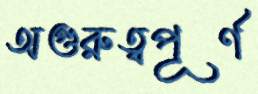
অগুরুত্বপূর্ণ